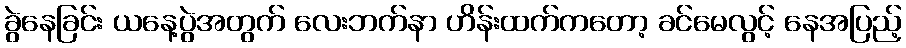
ခွဲနေခြင်း ယနေ့ပွဲအတွက် လေးဘက်နာ ဟိန်းထက်ကတော့ ခင်မေလွင့် နေအပြည့်